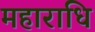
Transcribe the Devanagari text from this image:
महाराधि